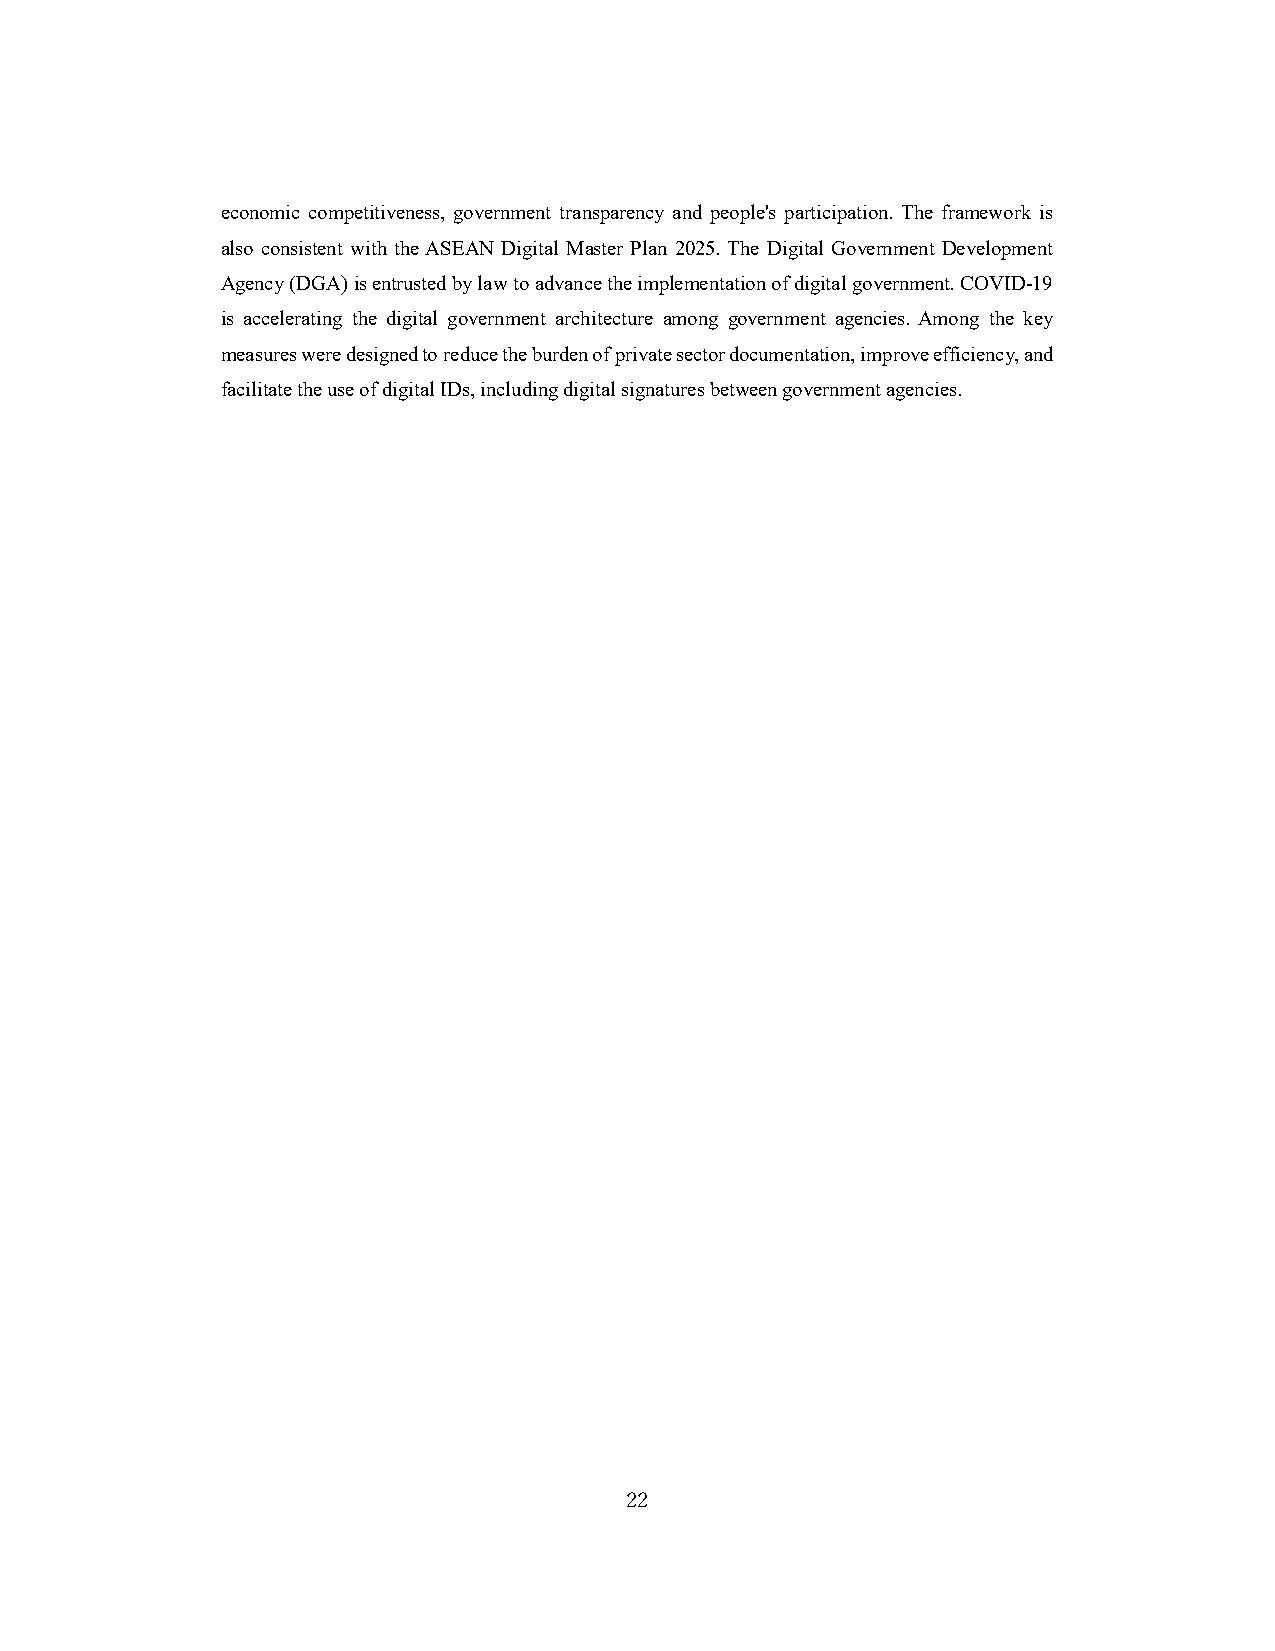
economic competitiveness, government transparency and people's participation. The framework is
 also consistent with the ASEAN Digital Master Plan 2025. The Digital Government Development
 Agency (DGA) is entrusted by law to advance the implementation of digital government. COVID-19
 is accelerating the digital government architecture among government agencies. Among the key
 measures were designed to reduce the burden of private sector documentation, improve efficiency, and
 facilitate the use of digital IDs, including digital signatures between government agencies.
 22